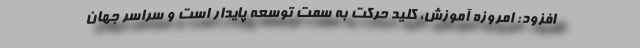
افزود: امروزه آموزش، کلید حرکت به سمت توسعه پایدار است و سراسر جهان